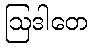
ဩဒါတေ